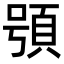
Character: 䪽